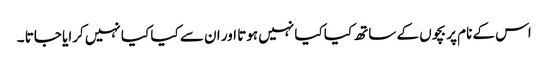
اس کے نام پر بچوں کے ساتھ کیا کیا نہیں ہوتا اور ان سے کیا کیا نہیں کرایا جاتا ۔